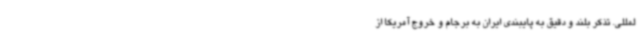
لمللی. تذکر بلند و دقیق به پایبندی ایران به برجام و خروج آمریکا از